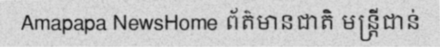
Amapapa NewsHome ព័ត៌មានជាតិ មន្ត្រីជាន់